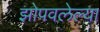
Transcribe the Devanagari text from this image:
झोपवलेल्या